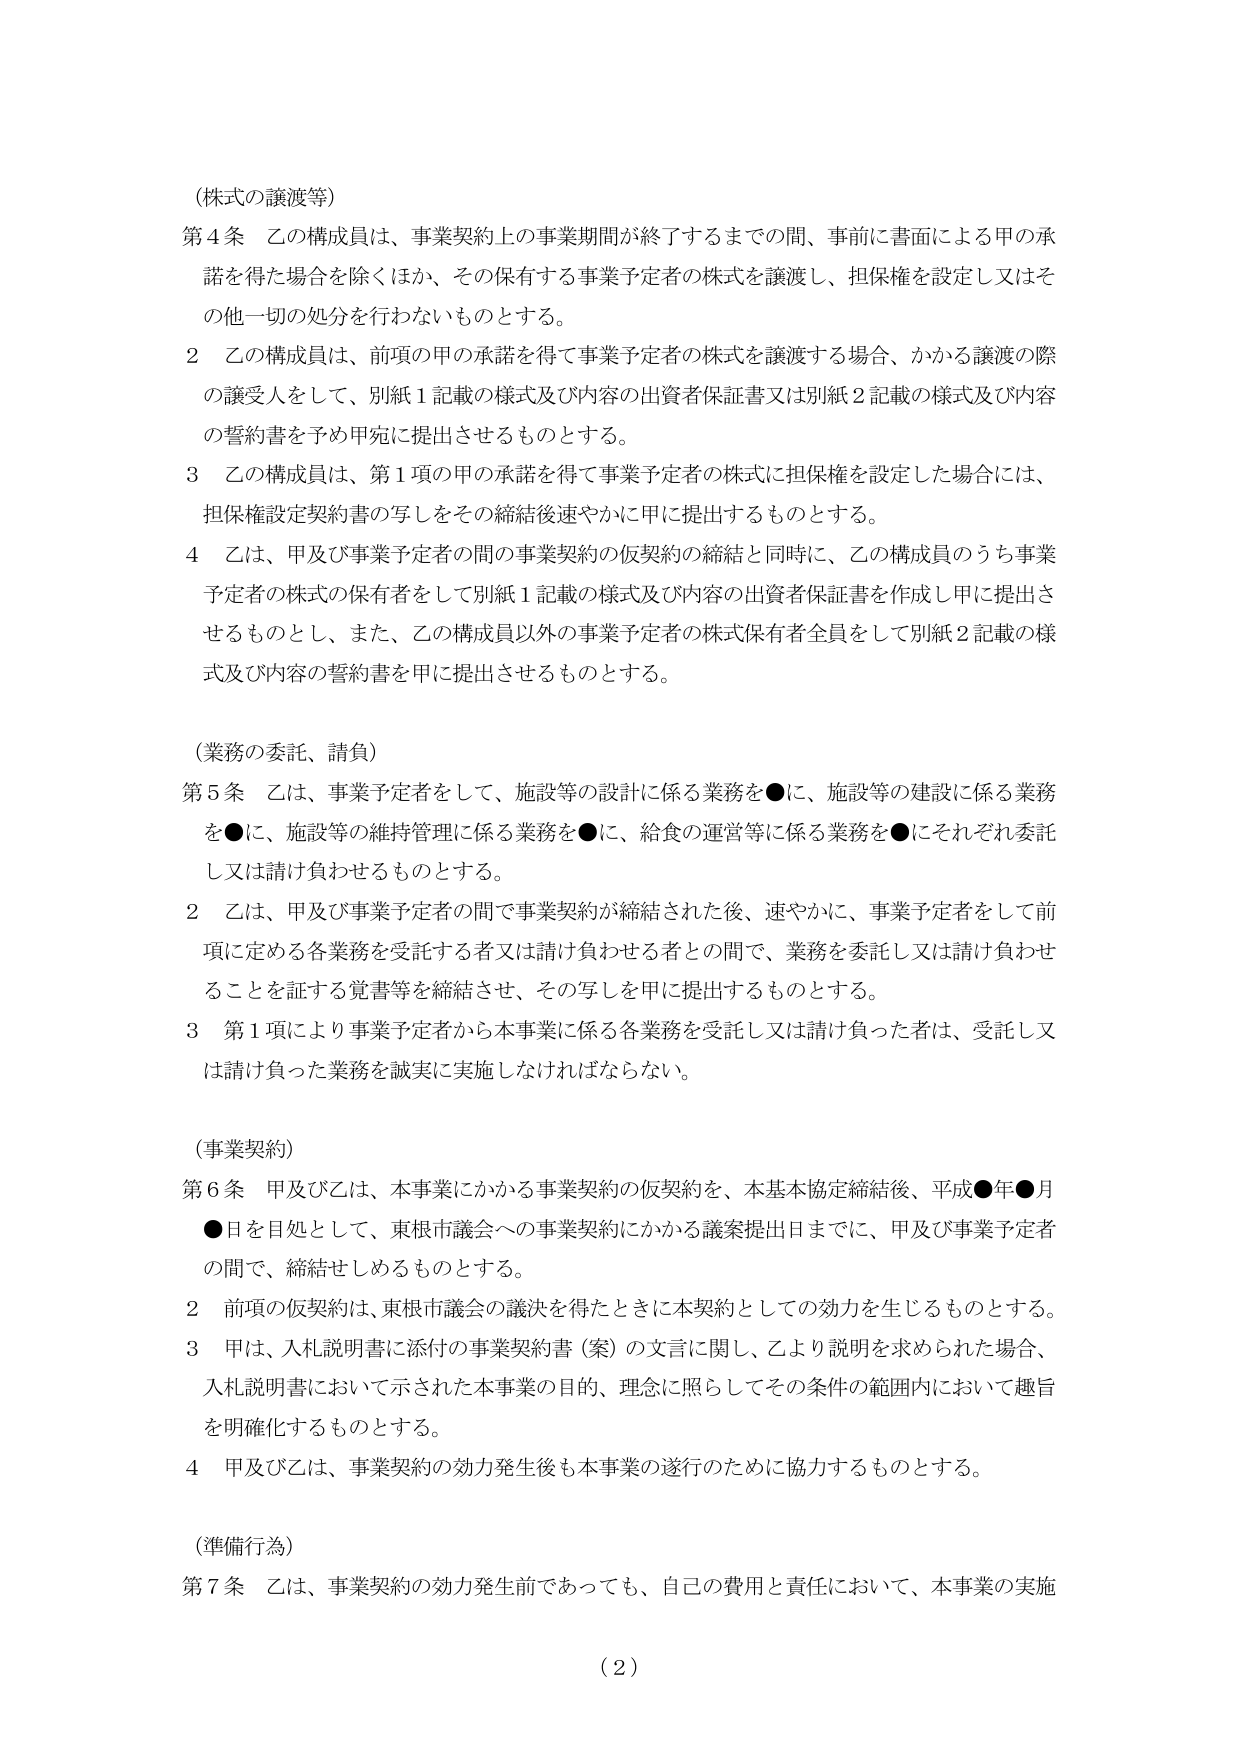
（株式の譲渡等）

第4条 乙の構成員は、事業契約上の事業期間が終了するまでの間、事前に書面による甲の承諾を得た場合を除くほか、その保有する事業予定者の株式を譲渡し、担保権を設定し又はその他一切の処分を行わないものとする。

2 乙の構成員は、前項の甲の承諾を得て事業予定者の株式を譲渡する場合、かかる譲渡の際の譲受人をして、別紙1記載の様式及び内容の出資者保証書又は別紙2記載の様式及び内容の誓約書を予め甲宛に提出させるものとする。

3 乙の構成員は、第1項の甲の承諾を得て事業予定者の株式に担保権を設定した場合には、担保権設定契約書の写しをその締結後速やかに甲に提出するものとする。

4 乙は、甲及び事業予定者の間の事業契約の仮契約の締結と同時に、乙の構成員のうち事業予定者の株式の保有者をして別紙1記載の様式及び内容の出資者保証書を作成し甲に提出させるものとし、また、乙の構成員以外の事業予定者の株式保有者全員をして別紙2記載の様式及び内容の誓約書を甲に提出させるものとする。

（業務の委託、請負）

第5条 乙は、事業予定者をして、施設等の設計に係る業務を●に、施設等の建設に係る業務を●に、施設等の維持管理に係る業務を●に、給食の運営等に係る業務を●にそれぞれ委託し又は請け負わせるものとする。

2 乙は、甲及び事業予定者の間で事業契約が締結された後、速やかに、事業予定者をして前項に定める各業務を受託する者又は請け負わせる者との間で、業務を委託し又は請け負わせることを証する覚書等を締結させ、その写しを甲に提出するものとする。

3 第1項により事業予定者から本事業に係る各業務を受託し又は請け負った者は、受託し又は請け負った業務を誠実に実施しなければならない。

（事業契約）

第6条 甲及び乙は、本事業にかかる事業契約の仮契約を、本基本協定締結後、平成●年●月●日を目処として、東根市議会への事業契約にかかる議案提出日までに、甲及び事業予定者の間で、締結せしめるものとする。

2 前項の仮契約は、東根市議会の議決を得たときに本契約としての効力を生じるものとする。

3 甲は、入札説明書に添付の事業契約書（案）の文言に関し、乙より説明を求められた場合、入札説明書において示された本事業の目的、理念に照らしてその条件の範囲内において趣旨を明確化するものとする。

4 甲及び乙は、事業契約の効力発生後も本事業の遂行のために協力するものとする。

（準備行為）

第7条 乙は、事業契約の効力発生前であっても、自己の費用と責任において、本事業の実施

（2）